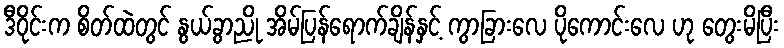
ဒီဝိုင်းက စိတ်ထဲတွင် နွယ်ခွာညို အိမ်ပြန်ရောက်ချိန်နှင့် ကွာခြားလေ ပိုကောင်းလေ ဟု တွေးမိပြီး